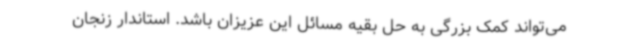
می‌تواند کمک بزرگی به حل بقیه مسائل این عزیزان باشد. استاندار زنجان